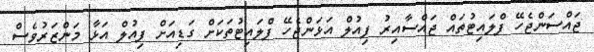
ޖައްސަންޖެހޭ ފްލައިޓުތައް ޖައްސާއިރު ފިއުލް އަޅަންޖެހޭ ފްލައިޓުތަކަށް ގަޑިއަށް ފިއުލް އަޅާ މަންޒަރުވެސް